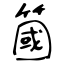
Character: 簂